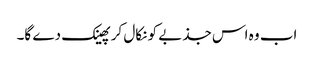
اب وہ اس جذبے کو نکال کر پھینک دے گا۔